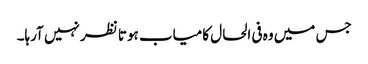
جس میں وہ فی الحال کامیاب ہوتا نظر نہیں آرہا۔